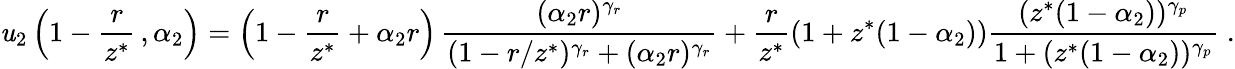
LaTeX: \mathit{u}_{2}\left(1-\frac{{r}}{{z^{*}}}\, ,\alpha_{2}\right)=\left(1-\frac{{r}}{{z^{*}}}+\alpha_{2}r\right)\, \frac{{(\alpha_{2}r)^{\gamma_{r}}}}{{(1-r/z^{*})^{\gamma_{r}}+(\alpha_{2}r)^{\gamma_{r}}}}+\frac{{r}}{{z^{*}}}(1+z^{*}(1-\alpha_{2}))\frac{{(z^{*}(1-\alpha_{2}))^{\gamma_{p}}}}{{1+(z^{*}(1-\alpha_{2}))^{\gamma_{p}}}}\; .